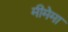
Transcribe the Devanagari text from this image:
मीमेमा